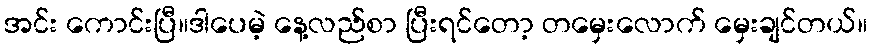
အင်း ကောင်းပြီ။ဒါပေမဲ့ နေ့လည်စာ ပြီးရင်တော့ တမှေးလောက် မှေးချင်တယ်။